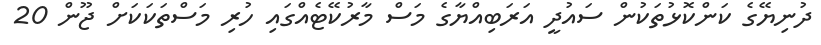
ދުނިޔޭގެ ކަންކޮޅުތަކުން ސައުދީ އަރަބިއްޔާގެ މަސް މާރުކޭޓެއްގައި ހުރި މަސްތަކަކަށް ޖޫން 20